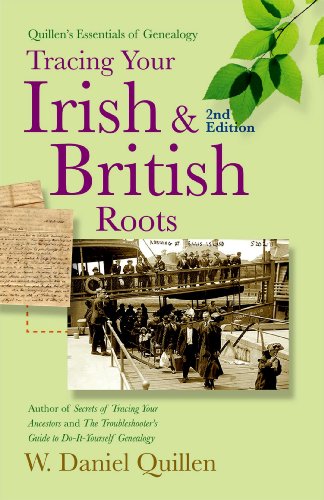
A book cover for Tracing Your Irish & British Roots, 2E (Quillen's Essentials of Genealogy); W. Daniel Quillen; Reference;